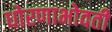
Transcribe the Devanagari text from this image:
धोरणाभोवती